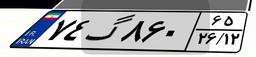
۷۴گ۸۶۰۶۵